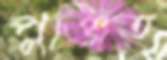
পুঞ্জিত